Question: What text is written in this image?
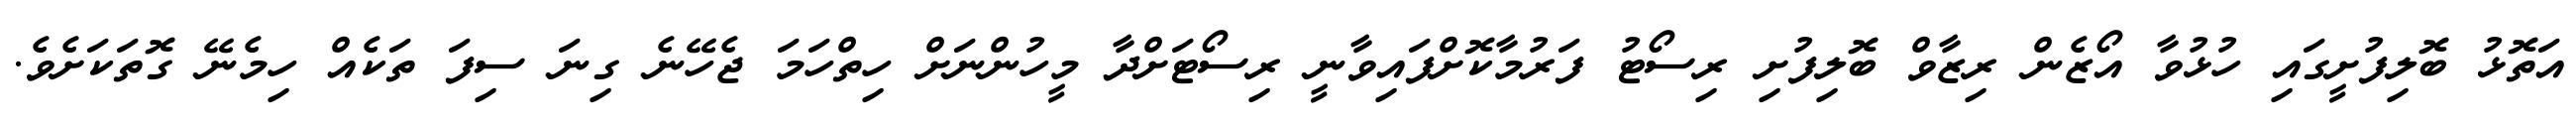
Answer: އަތޮޅު ބޮލިފުށީގައި ހުޅުވާ އޯޒެން ރިޒާވް ބޮލިފުށި ރިސޯޓު ފަރުމާކޮށްފައިވާނީ ރިސޯޓަށްދާ މީހުންނަށް ހިތްހަމަ ޖެހޭނެ ގިނަ ސިފަ ތަކެއް ހިމެނޭ ގޮތަކަށެވެ.